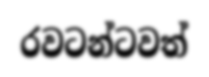
රවටන්ටවත්